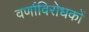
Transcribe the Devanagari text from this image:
वर्णाविरोधकों